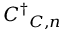
{ C ^ { \dag } } _ { C , n }